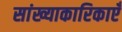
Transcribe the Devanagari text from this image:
सांख्याकारिकाएँ